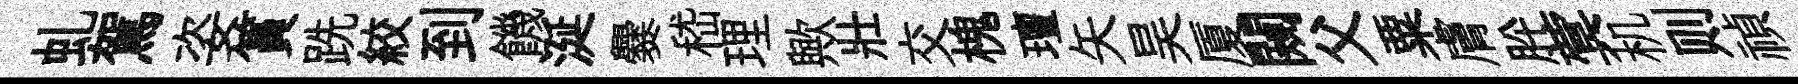
虬駕姿篔跣絞到饑涎爨嵇理歟壯交槐璮矢昊厦闚父粟膚肸蓂机则禎